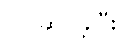
ပြင်ဆင်ခဲ့ပြီး